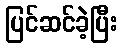
ပြင်ဆင်ခဲ့ပြီး